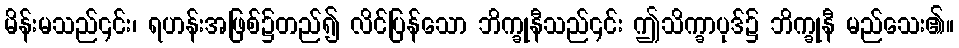
မိန်းမသည်၎င်း၊ ရဟန်းအဖြစ်၌တည်၍ လိင်ပြန်သော ဘိက္ခုနီသည်၎င်း ဤသိက္ခာပုဒ်၌ ဘိက္ခုနီ မည်သေး၏။